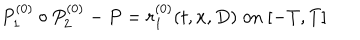
LaTeX: P _ { 1 } ^ { ( 0 ) } \circ P _ { 2 } ^ { ( 0 ) } - P = r _ { 1 } ^ { ( 0 ) } ( t , x , D ) \; \mathrm { o n } \; [ - T , T ]